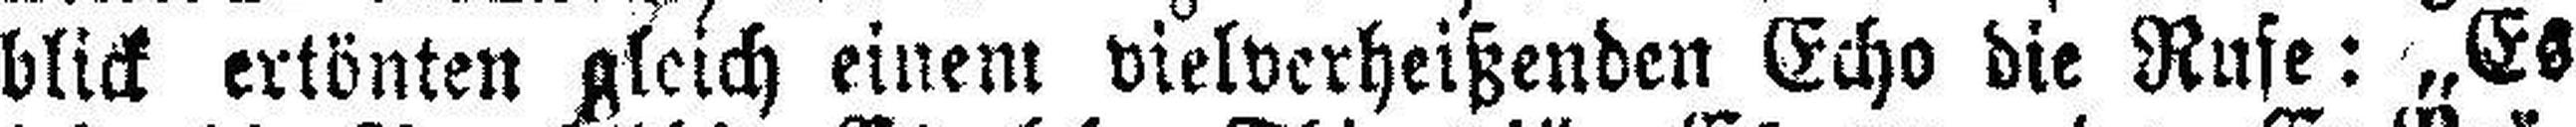
blick ertönten gleich einem vielverheißenden Echo die Rufe: „Es